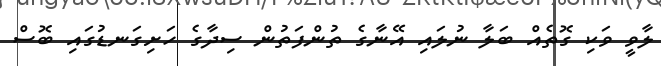
ލާވީ ވަކި ގޮތެއް ބަލާ ނުލައި އޭނާގެ ތުންފަތުން ސިދާގެ ހަށިގަނޑުގައި ބޮސް